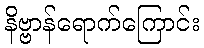
နိဗ္ဗာန်ရောက်ကြောင်း